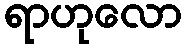
ရာဟုလော